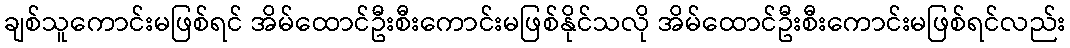
ချစ်သူကောင်းမဖြစ်ရင် အိမ်ထောင်ဦးစီးကောင်းမဖြစ်နိုင်သလို အိမ်ထောင်ဦးစီးကောင်းမဖြစ်ရင်လည်း